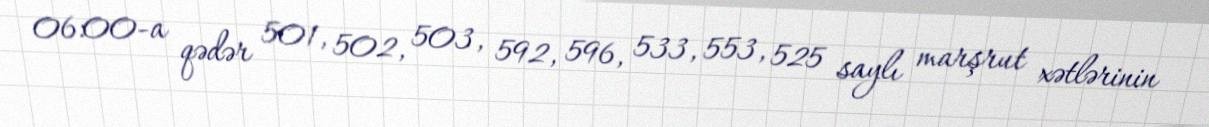
06:00-a qədər 501, 502, 503, 592, 596, 533, 553, 525 saylı marşrut xətlərinin